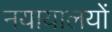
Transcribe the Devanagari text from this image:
नयायालयों